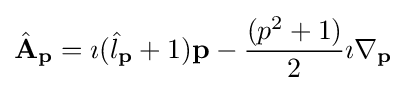
{\hat {\mathbf {A} }}_{\mathbf {p} }=\imath ({\hat {l}}_{\mathbf {p} }+1)\mathbf {p} -{\frac {(p^{2}+1)}{2}}\imath \mathbf {\nabla } _{\mathbf {p} }